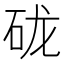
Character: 𰦭